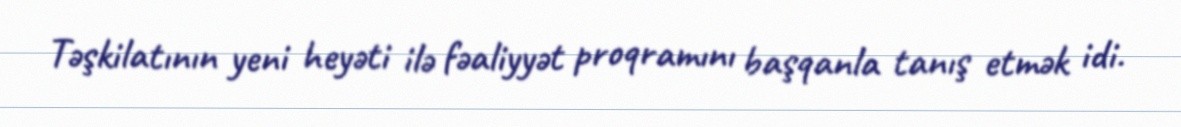
Təşkilatının yeni heyəti ilə fəaliyyət proqramını başqanla tanış etmək idi.